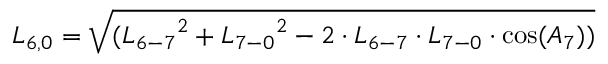
{ L _ { 6 , 0 } } = \sqrt { ( { L _ { 6 - 7 } } ^ { 2 } + { L _ { 7 - 0 } } ^ { 2 } - 2 \cdot { L _ { 6 - 7 } } \cdot { L _ { 7 - 0 } } \cdot \cos ( { A _ { 7 } } ) ) }